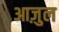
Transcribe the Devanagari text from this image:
आज़ुल